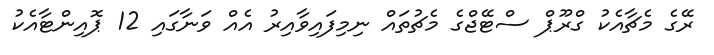
ރޭގެ މެޗާއެކު ގްރޫޕް ސްޓޭޖްގެ މެޗުތައް ނިމިފައިވާއިރު އެއް ވަނާގައި 12 ޕޮއިންޓާއެކު